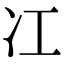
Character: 冮